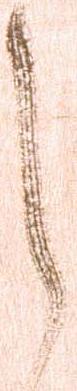
之